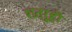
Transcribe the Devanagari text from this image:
शत्रूही